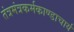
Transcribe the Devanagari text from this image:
तंत्रमंत्रकर्मकाण्डाचार्य